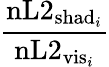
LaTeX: \frac{\mathrm{nL2}_{\mathrm{shad}_{i}}}{\mathrm{nL2}_{\mathrm{vis}_{i}}}